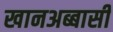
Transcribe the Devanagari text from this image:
खानअब्बासी